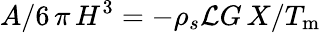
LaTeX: A/6\, \pi\, H^{3}=-\rho_{s}\mathcal{L}G\, X/T_{\mathrm{m}}